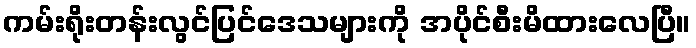
ကမ်းရိုးတန်းလွင်ပြင်ဒေသများကို အပိုင်စီးမိထားလေပြီ။